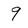
Character: 9